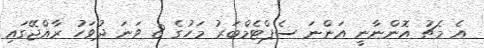
އެ މެޗު އޮންނާނީ އަންނަ ސެޕްޓެމްބަރު މަހުގެ 8 ވަނަ ދުވަހު ރާއްޖޭގައި